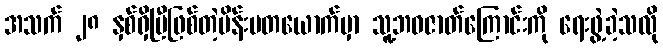
အသက် ၂၈ နှစ်ရှိပြီဖြစ်တဲ့မိန်းမတယောက်မှာ သူ့ဘဝဇာတ်ကြောင်းကို ရေးဖွဲ့ခဲ့သလို